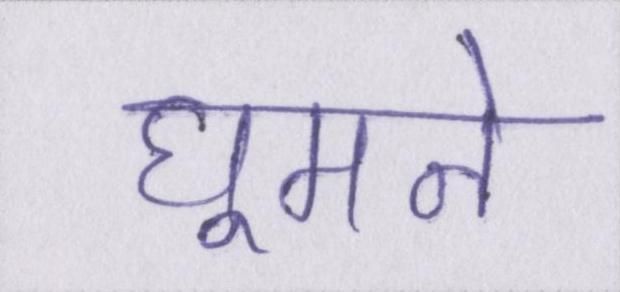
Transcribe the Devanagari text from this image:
घूमने